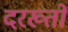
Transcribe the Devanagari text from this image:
दरख्तों